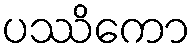
ပဿိကော